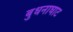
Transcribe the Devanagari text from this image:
बुधनाघाट